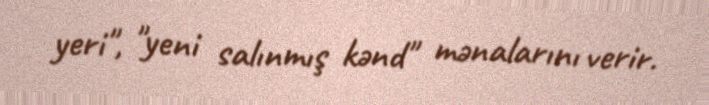
yeri", "yeni salınmış kənd" mənalarını verir.